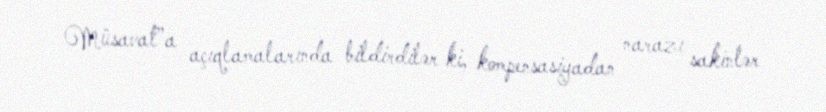
Müsavat”a açıqlamalarında bildirdilər ki, kompensasiyadan narazı sakinlər